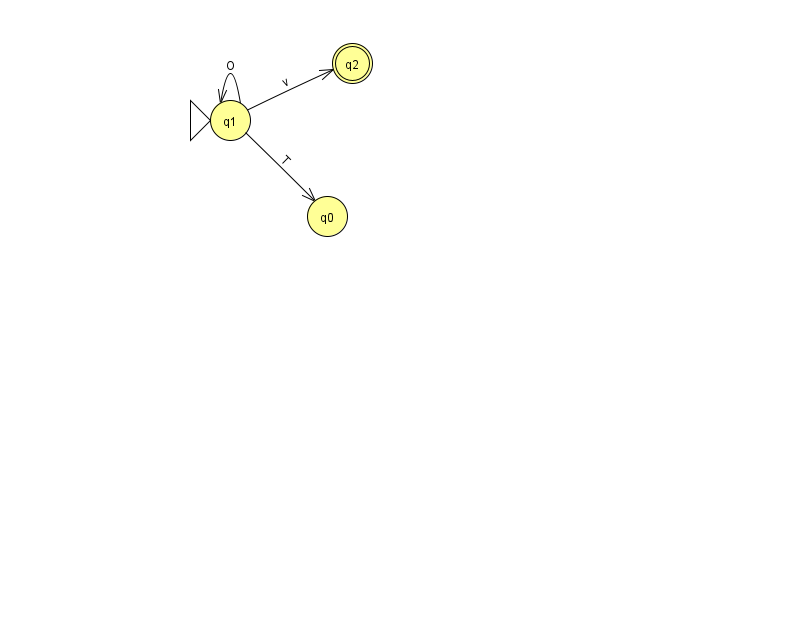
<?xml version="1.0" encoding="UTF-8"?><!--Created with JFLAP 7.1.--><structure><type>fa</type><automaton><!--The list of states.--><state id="0" name="q0"><x>327.0</x><y>203.0</y></state><state id="1" name="q1"><x>230.0</x><y>107.0</y><initial/></state><state id="2" name="q2"><x>352.0</x><y>50.0</y><final/></state><!--The list of transitions.--><transition><from>1</from><to>2</to><read>v</read></transition><transition><from>1</from><to>0</to><read>T</read></transition><transition><from>1</from><to>1</to><read>O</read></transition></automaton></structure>